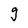
Character: g